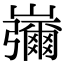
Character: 𡾱